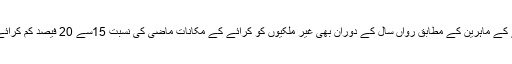
جبکہ تعمیراتی شعبے کے ماہرین کے مطابق رواں سال کے دوران بھی غیر مْلکیوں کو کرائے کے مکانات ماضی کی نسبت 15سے 20 فیصد کم کرائے پر دستیاب ہوں گے۔